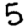
Digit: 5